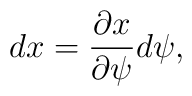
dx={\partial x\over \partial \psi}d\psi,